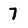
Character: 7